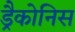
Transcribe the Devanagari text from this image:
ड्रैकोनिस